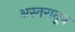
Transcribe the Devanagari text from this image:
अस्तरातून